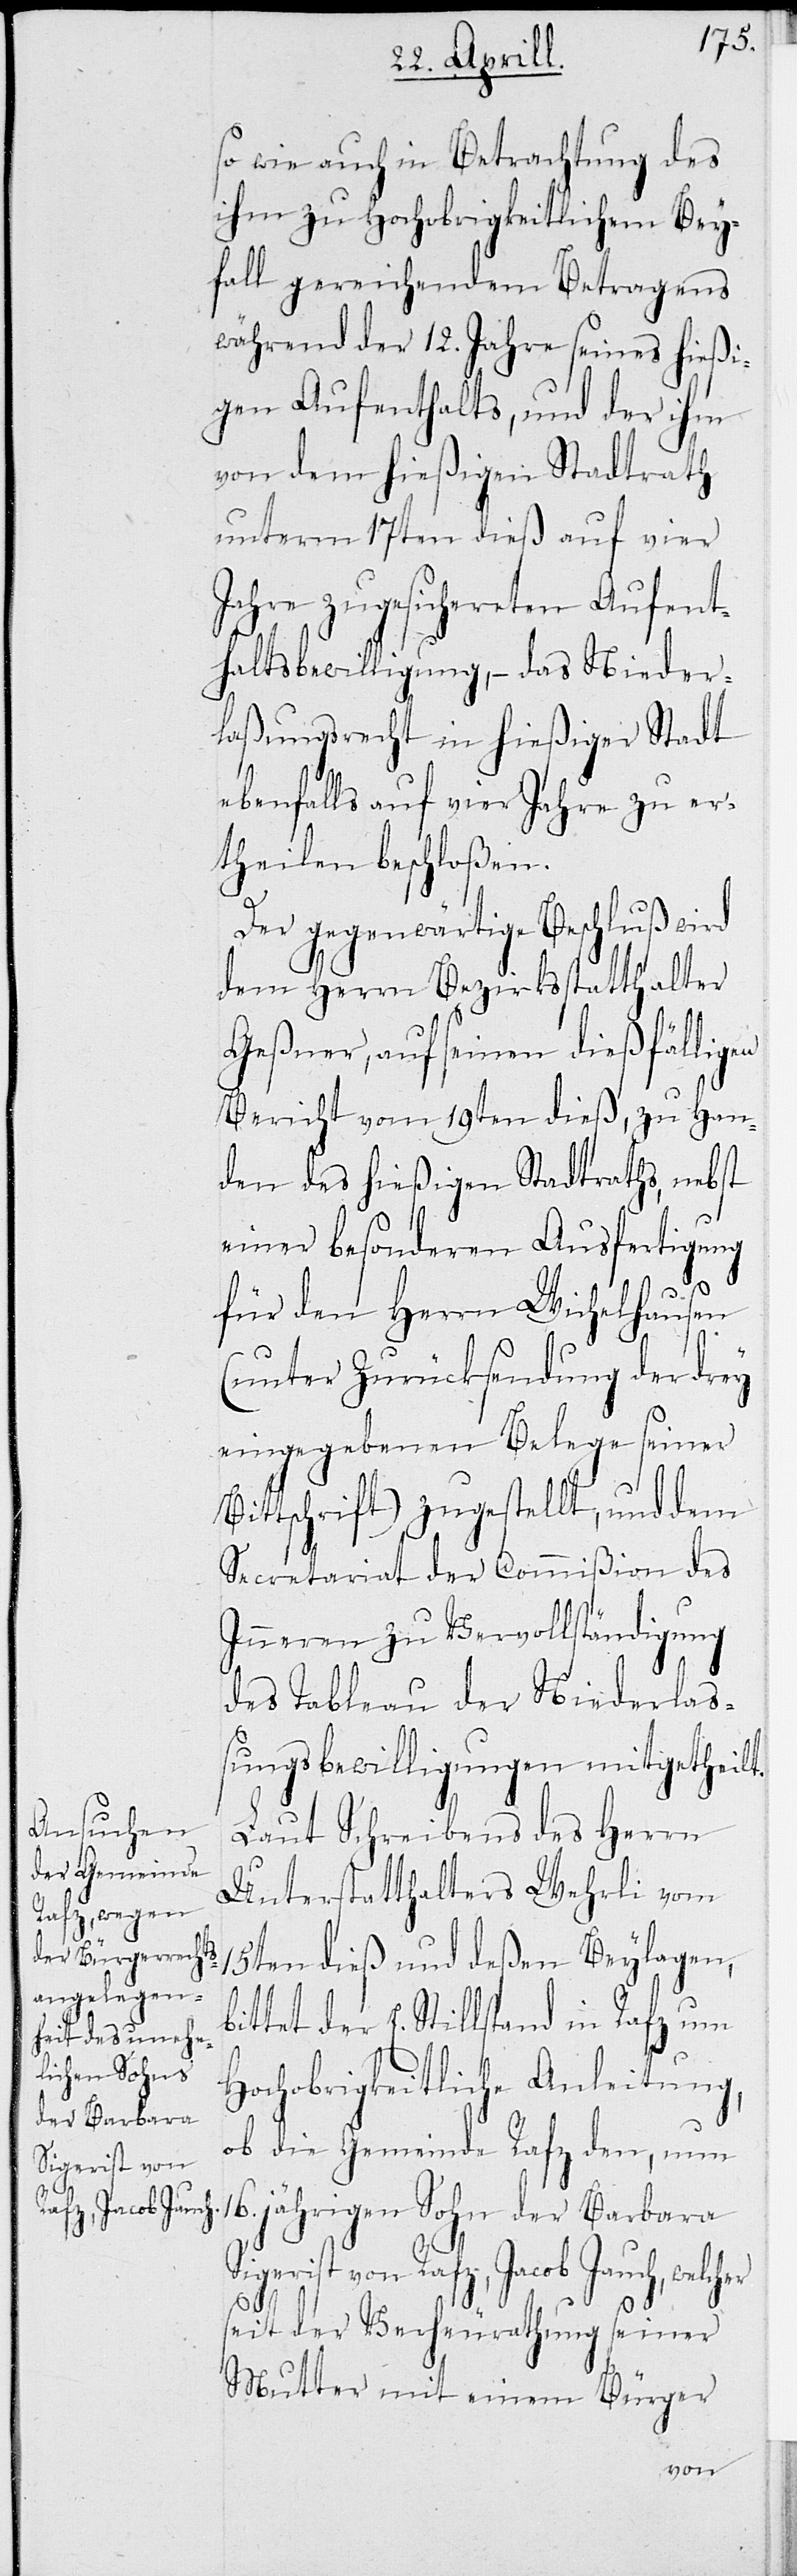
Siegrist von
afz, Jacob Jauc¬

so wie auch in Betrachtung des
ihm zu Hochobrigkeitlichem Bey¬
fall seines Betragens
während der 12 Jahre seines hießi¬
gen Aufenthalts, und der ihm
von dem hießigen Stadtrath
unterm 17ten dieß auf vier
Jahre zugesicherten Aufent¬
haltsbewilligung, – das Nieder¬
laßungsrecht in hießiger Stadt
h,
ebenfalls auf vier Jahre zu er¬
theilen beschloßen.
Der gegenwärtige Beschluß wird
dem Herrn Bezirksstatthalter
Geßner, auf seinen dießfälligen
Bericht vom 19ten dieß, zu Han¬
den des hießigen Stadtraths, nebst
einer besonderen Ausfertigung
für den Herrn Wichelhausen
(unter Zurücksendung der drey
eingegebenen Belege seiner
Bittschrift) zugestellt, und dem
Secretariat der Commißion des
Inneren zu Vervollständigung
des Tableau der Niederlaß¬
ungsbewilligungen mitgetheilt.
Laut Schreibens des Herrn
Unterstatthalters Wehrli vom
15ten dieß und deßen Beylagen,
bittet der E. Stillstand in Rafz um
Hochobrigkeitliche Anleitung,
ob die Gemeinde Rafz den, um
16jährigen Sohn der Barbara
seit der Verheurathung seiner
Mutter mit einem Bürger